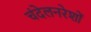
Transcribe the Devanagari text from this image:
चंदेलनरेशों